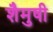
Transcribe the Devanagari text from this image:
शैमुषी